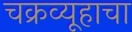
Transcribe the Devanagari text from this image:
चक्रव्यूहाचा